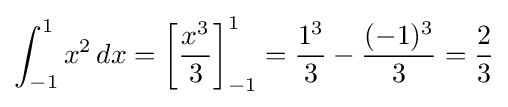
\int _{-1}^{1}x^{2}\,dx=\left[{\frac {x^{3}}{3}}\right]_{-1}^{1}={\frac {1^{3}}{3}}-{\frac {(-1)^{3}}{3}}={\frac {2}{3}}